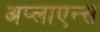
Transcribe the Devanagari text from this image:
अप्लाएन्स